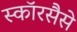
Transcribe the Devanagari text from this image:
स्कॉरसैसे